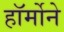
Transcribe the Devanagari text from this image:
हॉर्मोने